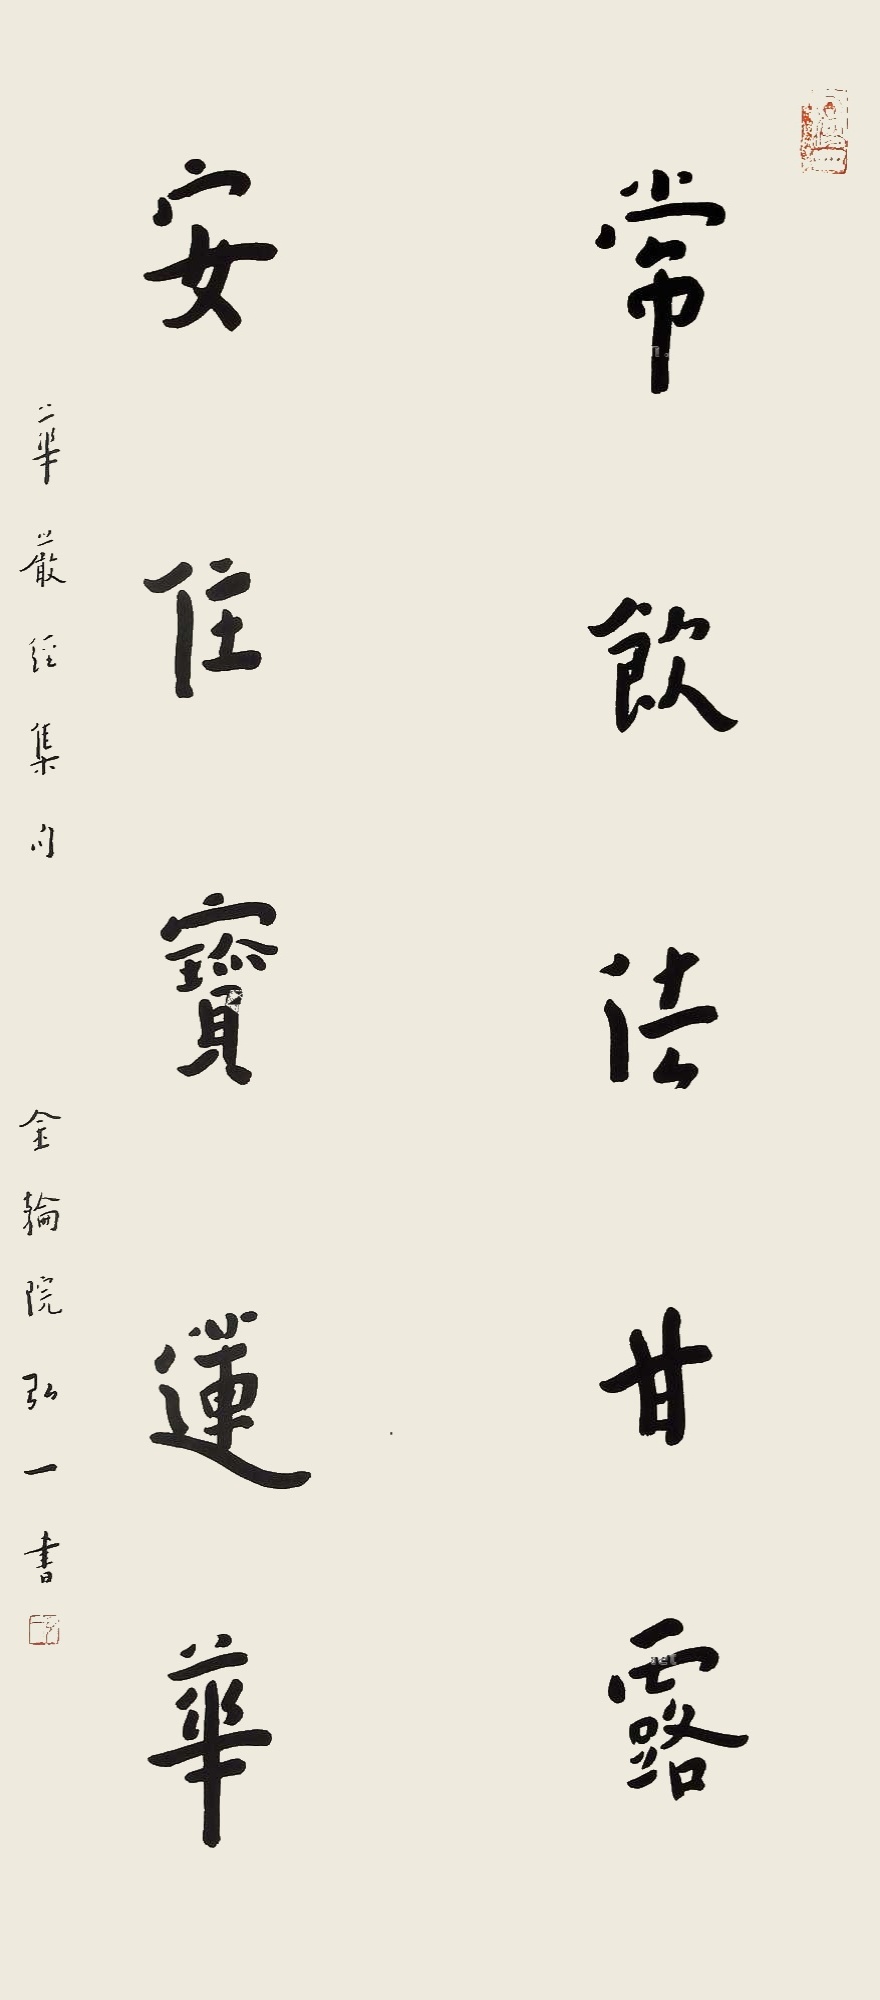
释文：常饮法甘露，安住宝莲华。华严经集句，金轮院弘一书。